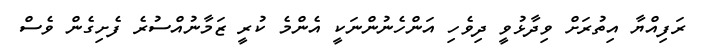
ރަފިއްޔާ އިތުރަށް ވިދާޅުވީ ދިވެހި އަންހެނުންނަކީ އެންމެ ކުރީ ޒަމާނުއްސުރެ ފެށިގެން ވެސް